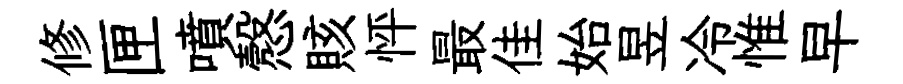
修匣噴慤賅怦最佳始昱冷惟早